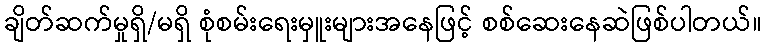
ချိတ်ဆက်မှုရှိ/မရှိ စုံစမ်းရေးမှူးများအနေဖြင့် စစ်ဆေးနေဆဲဖြစ်ပါတယ်။